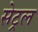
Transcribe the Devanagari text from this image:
सेट्रल